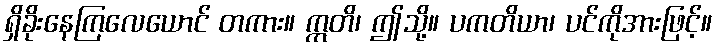
ရှိခိုးနေကြလေယောင် တကား။ ဣတိ၊ ဤသို့။ ပကတိယာ၊ ပင်ကိုအားဖြင့်။